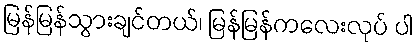
မြန်မြန်သွားချင်တယ်၊ မြန်မြန်ကလေးလုပ် ပါ